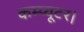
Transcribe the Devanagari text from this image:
कम्प्यूटर।